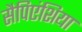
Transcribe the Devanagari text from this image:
सैपिएंशिया